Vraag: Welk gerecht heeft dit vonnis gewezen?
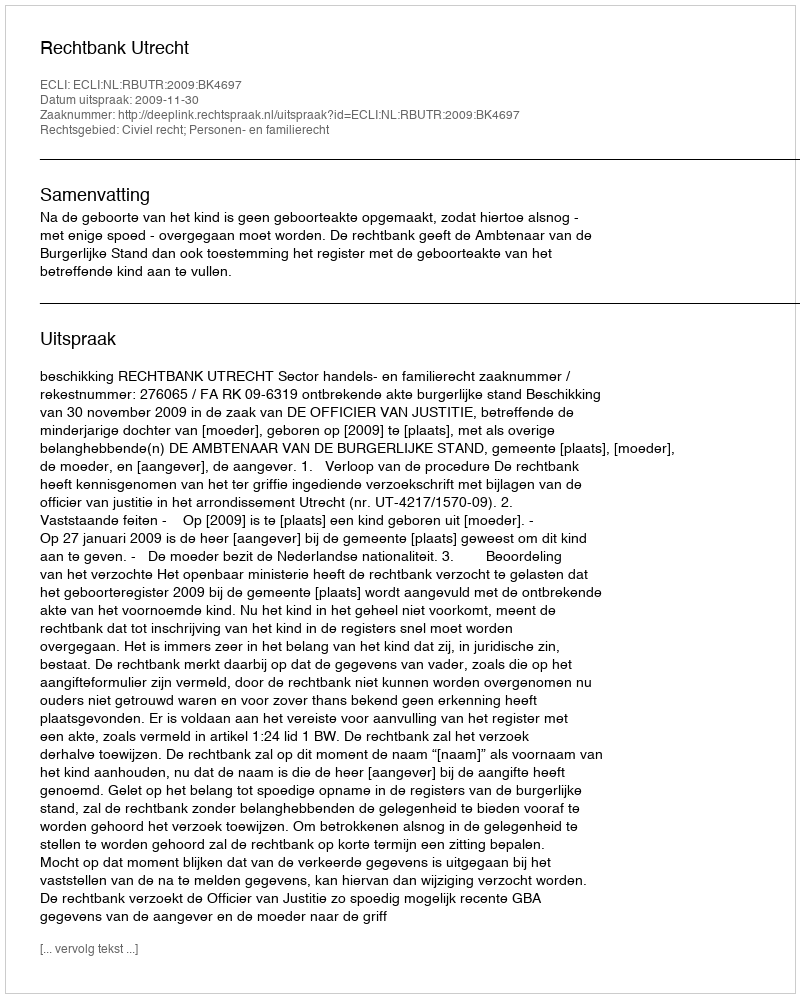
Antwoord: Rechtbank Utrecht